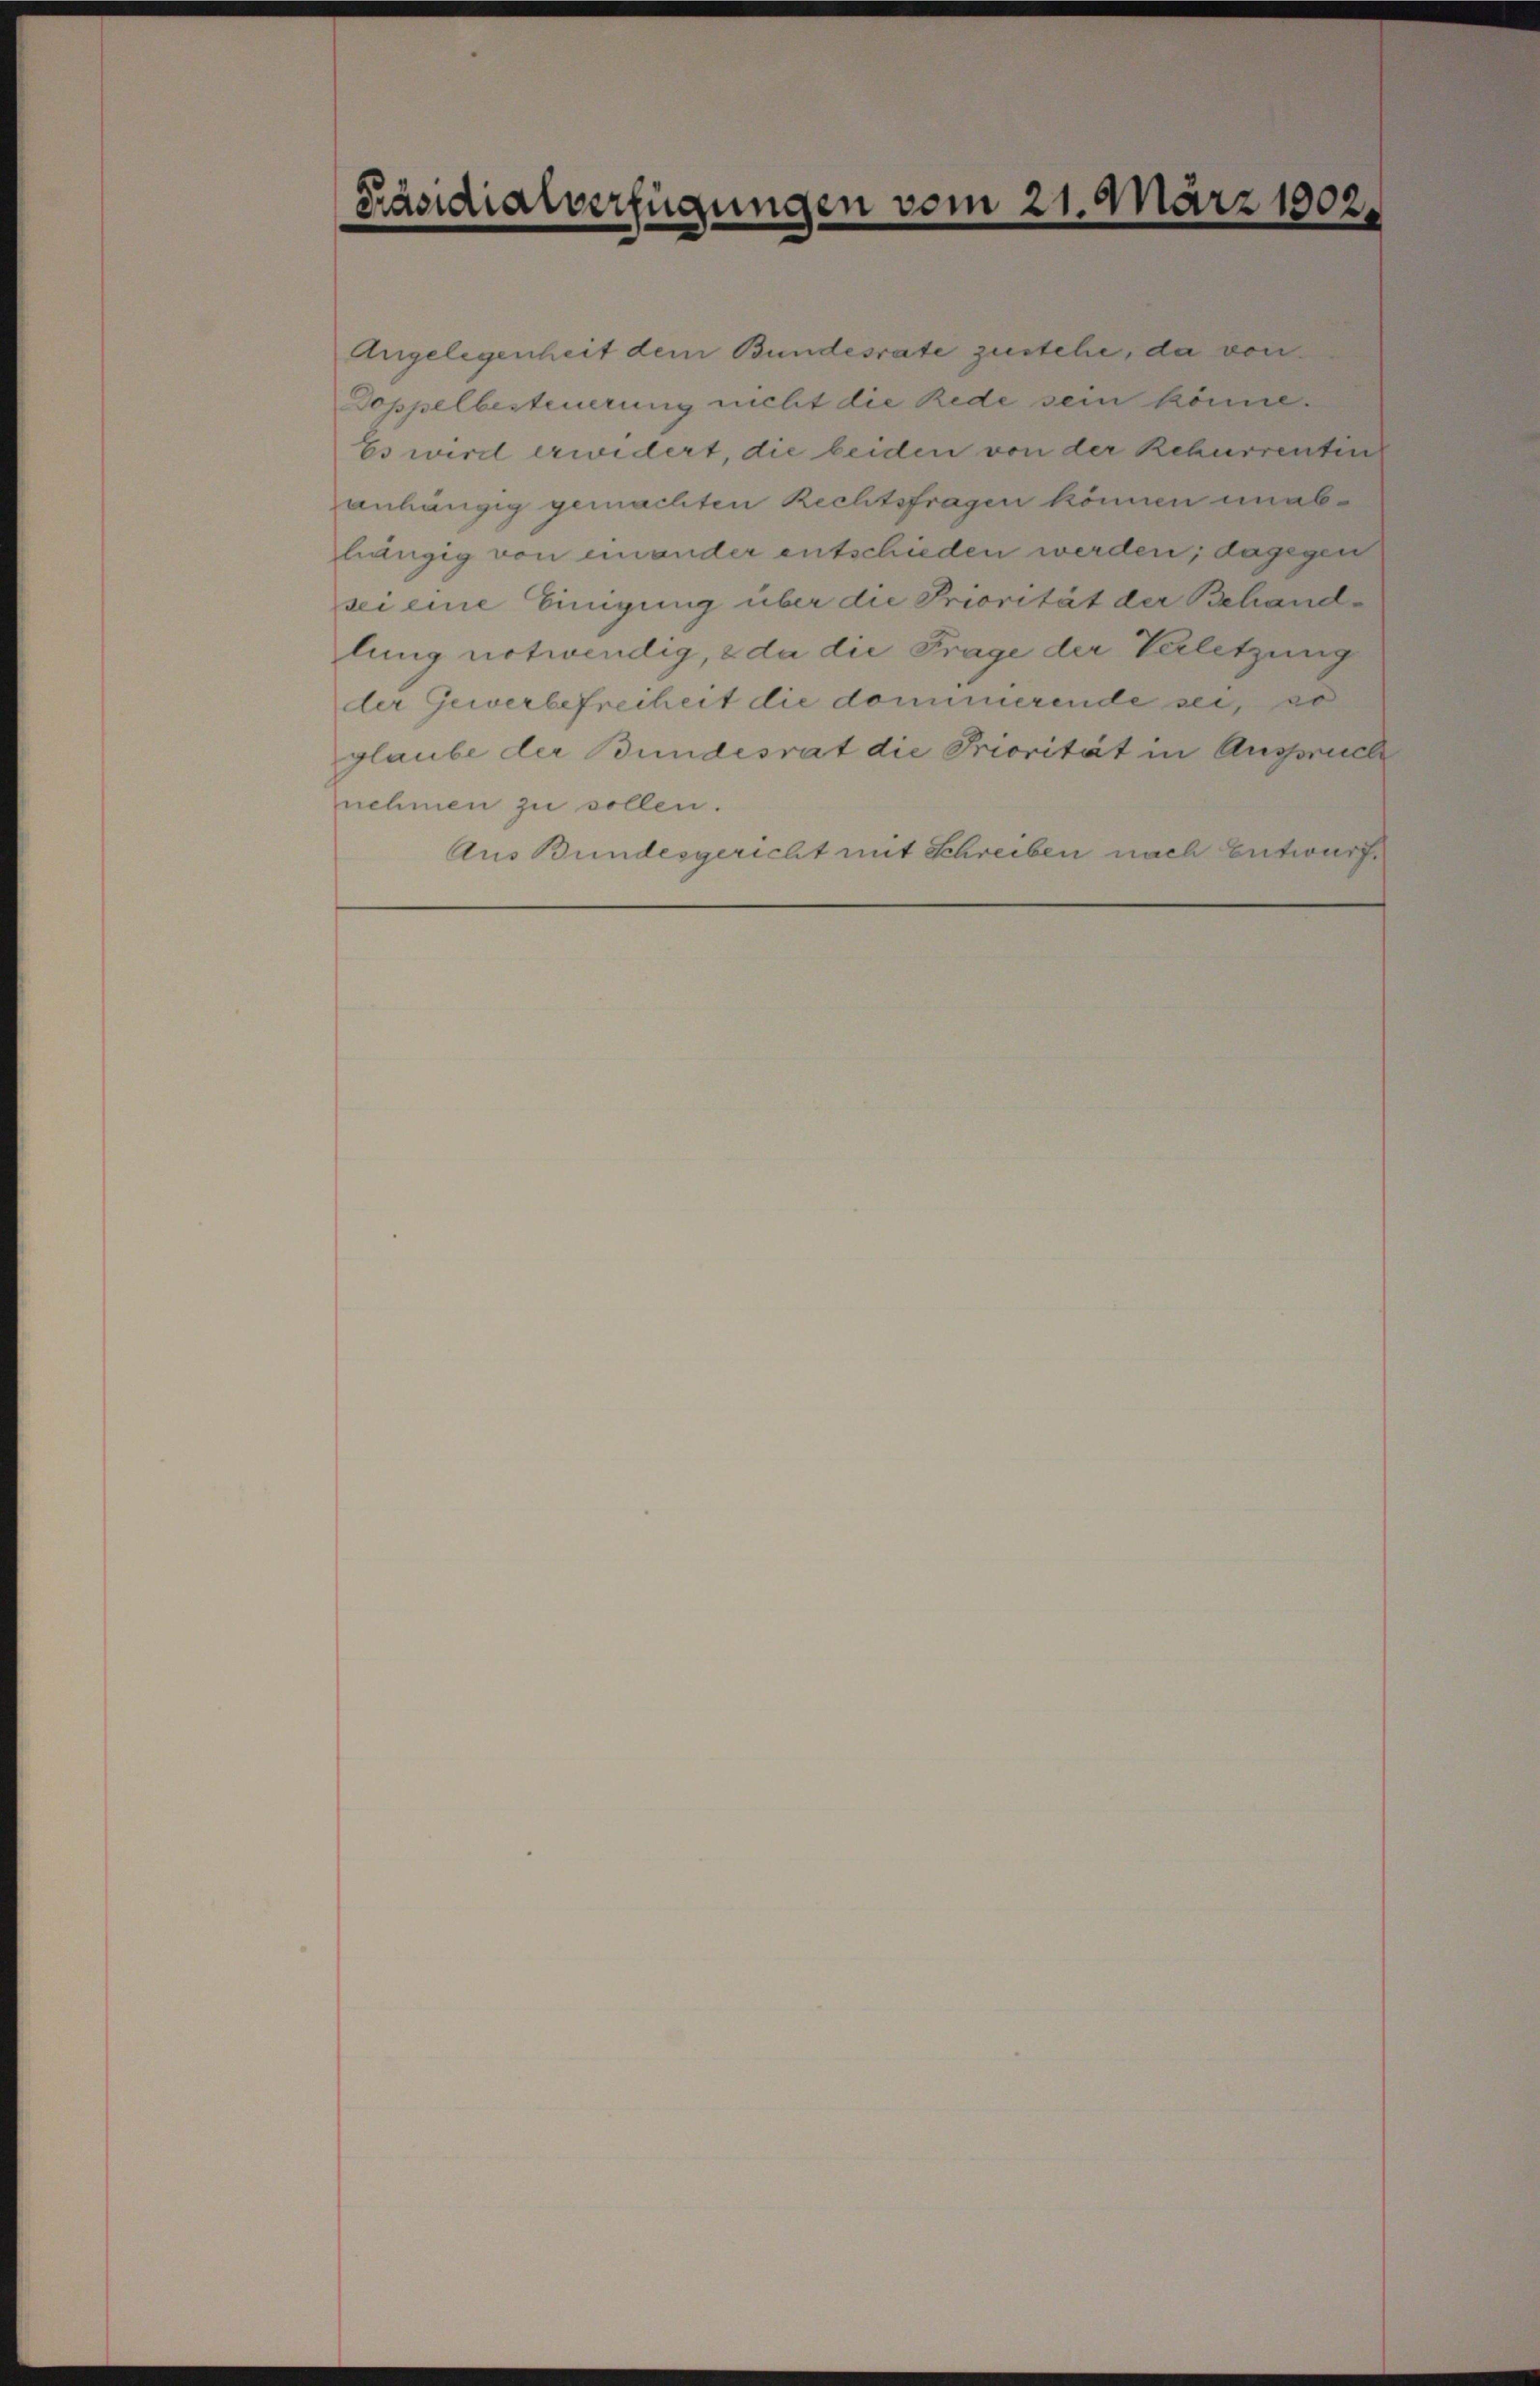
Präsidialverfügungen vom 21. März 1902

Angelegenheit dem Bundesrate zustehe, da von
Doppelbesteuerung nicht die Rede sein könne.
Es wird erwidert, die beiden von der Rekurrenten
anhängig gemachten Rechtsfragen können unabhängig von einander entschieden werden; dagegen
sei eine Einigung über die Priorität der Behand-
lung notwendig, & da die Frage der Verletzung
der Gewerbefreiheit die donumerende sei, so
glaube der Bundesrat die Priorität in Ausspruch
nehmen zu sollen.
Aus Bundesgericht mit Schreiben nach Entwurf